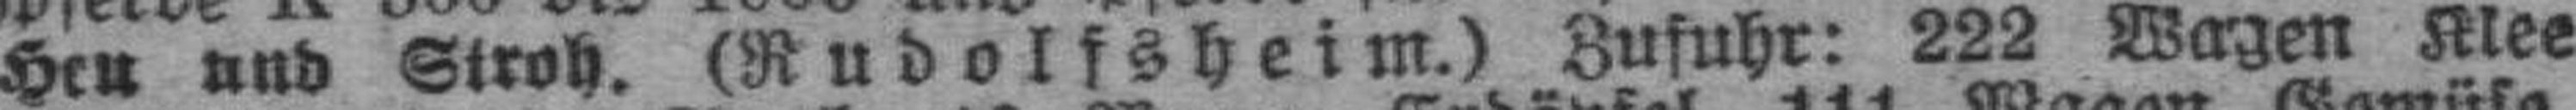
Heu und Stroh. (Rudolfsheim.) Zufuhr: 222 Wagen Klee